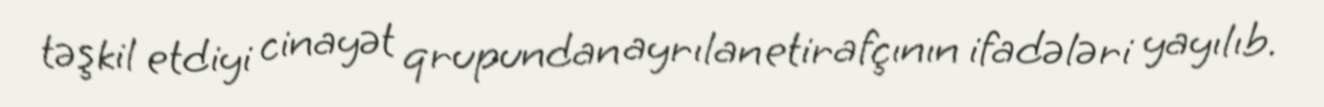
təşkil etdiyi cinayət qrupundan ayrılan etirafçının ifadələri yayılıb.